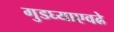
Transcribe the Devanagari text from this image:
गुडघ्याएवढे